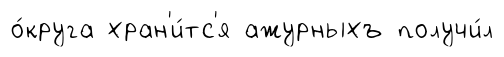
о́круга хран'и́тс'я ажурныхъ получи́л